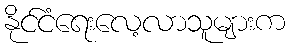
နိုင်ငံရေးလေ့လာသူများက